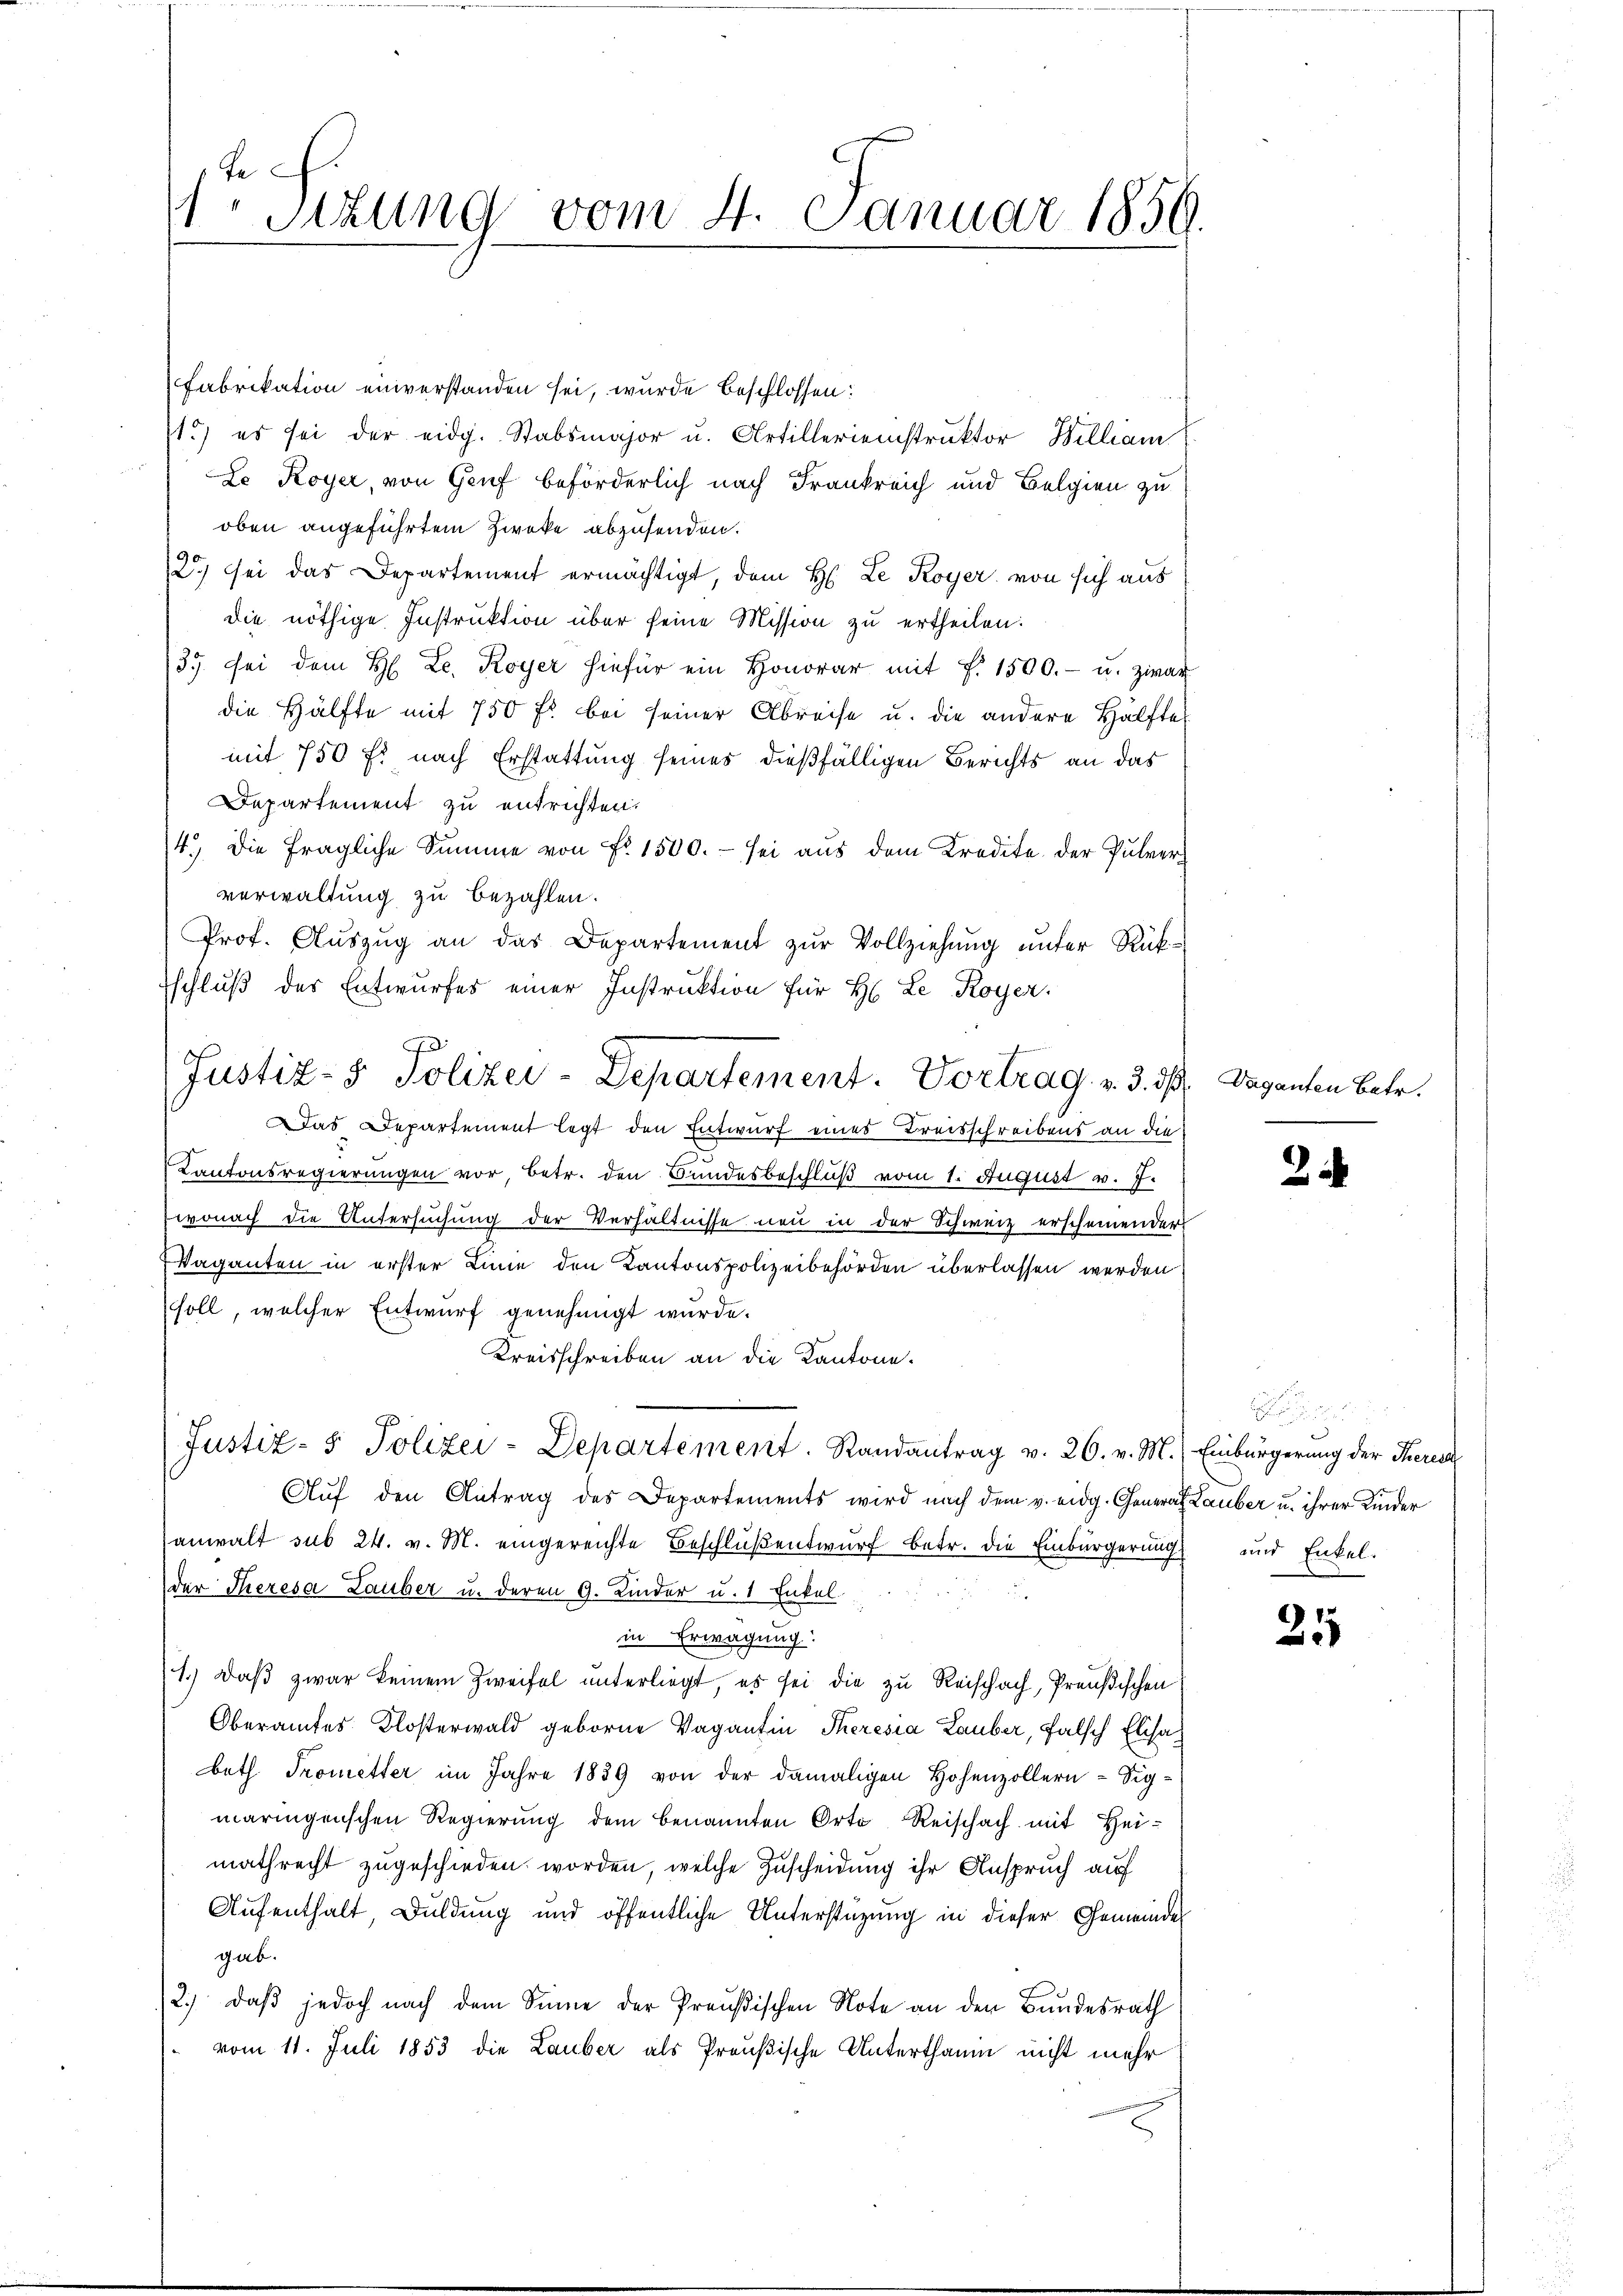
Je
1 Sizung vom 4. Januar 1856.

Fabrikation einverstanden sei, wurde beschlossen:
st.) es sei der eidg. Stabsmajor u. Artillerienstruktor William
Lo Koyer, von Genf beförderlich nach Frankreich und Belgien zu
oben angeführtem Zweke abzusenden.
2) sei das Departement ermächtigt, dem H: Le Royer von sich aus
die nöthige Instruktion über seine Mission zu ertheilen:
35. bei dem H. Le. Royer hiefür ein Honorar mit §. 1500.- u. zwar
die Hälfte mit 750 fl bei seiner Abreise u. die andere Hälfte
mit 750 fl nach Erstattung seines dießfälligen Berichts an das
Departement zu entrichten.
4.) Die fragliche Summe von Fr. 1500. - sei aus dem Kredite der Pulververwaltung zu bezahlen.
Prof. Auszug an das Departement zur Vollziehung unter Rükschluß des Entwurfes einer Instruktion für H. Le Royer,
Das Departement legt den Entwurf eines Breisschreibens an die
Kantonsregierungen vor, betr. den Bundesbeschluß vom 1. August v. J.
wonach die Anfersuchung der Verhältnisse neu in der Schweiz erscheinender
Vaganten in erster Eine den Kantonspolizeibehörden überlassen werden
soll, welcher Entwurf genehmigt wurde.
Kreisschreiben an die Kantone.
Justiz- & Polizei-Departement. Randantrag v. 26. v. M.) Einbürgerung der Kerec
Auf den Antrag des Departements wird nach dem v. eidg. General Lauber u. ihrer Kinder
anwalt sub 24. v. M. eingereichte Beschluß entwurf betr. die Einbürgerung und Enkel-
der Theresa Lauber u. deren G. Kinder u. 1 Enkel
in Erwägung:
1.) Daß zwar keinem Zweifel unterliegt, es sei die zu Reischach, Preußischen
Oberamtes Klosterwald geborene Vagantin Theresia Lauber, falsch Elisabeth Trometter im Jahre 1859 von der damaligen Hohenzollern-Sigmäringenschen Regierung dem benannten Orte Reischach mit Heimathrecht zugeschieden worden, welche Zuscheidung ihr Anspruch auf
Aufenthalt, Duldung und öffentliche Unterstützung in dieser Gemeinde
gab.
2.) daβ jedoch nach dem Sinne der Preußischen Note an den Bundesrath
vom 11. Juli 1853 die Lauber als Preußische Unterthanin nicht mehr

Justiz- & Polizei-Departement. Vortrag v. 3. 5

Daganten Betr.

2

21